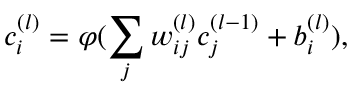
{ c } _ { i } ^ { ( l ) } = \varphi ( \sum _ { j } { w } _ { i j } ^ { ( l ) } { c } _ { j } ^ { ( l - 1 ) } + b _ { i } ^ { ( l ) } ) ,